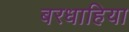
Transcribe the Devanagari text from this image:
बरधाहिया